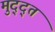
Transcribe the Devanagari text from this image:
मुद्द्त